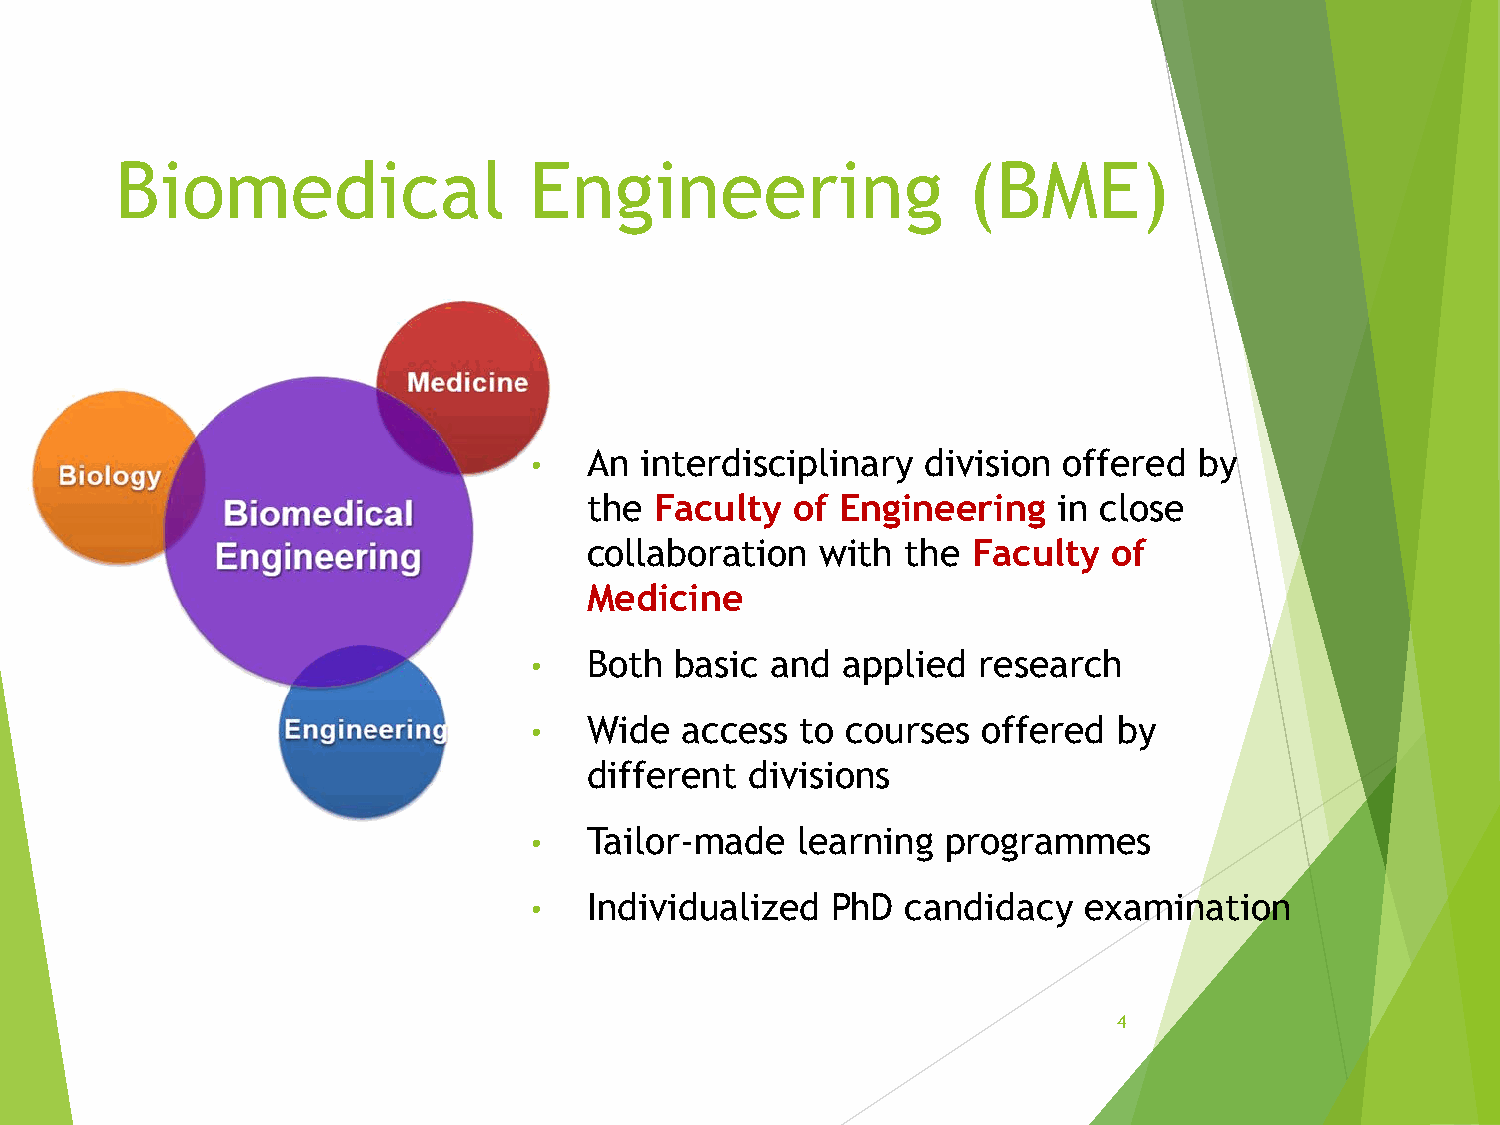
Biomedical                 Engineering                  (BME)
 •   An interdisciplinary  division offered  by
 the Faculty  of  Engineering   in close
 collaboration  with  the Faculty   of
 Medicine
 •   Both  basic and  applied  research
 •   Wide  access  to courses  offered  by
 different  divisions
 •   Tailor-made   learning  programmes
 •   Individualized  PhD  candidacy   examination
 4